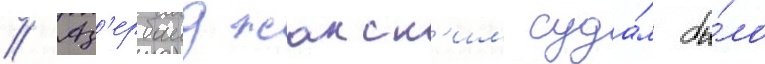
// Аз'ербаиджанск'им суда́м бы́ло